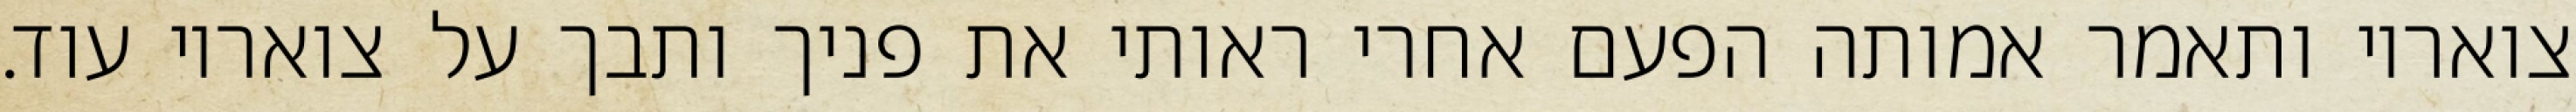
צואריו ותאמר אמותה הפעם אחרי ראותי את פניך ותבך על צואריו עוד.